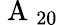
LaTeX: \mathrm{~A~}_{20}